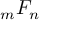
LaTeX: { } _ { m } F _ { n }